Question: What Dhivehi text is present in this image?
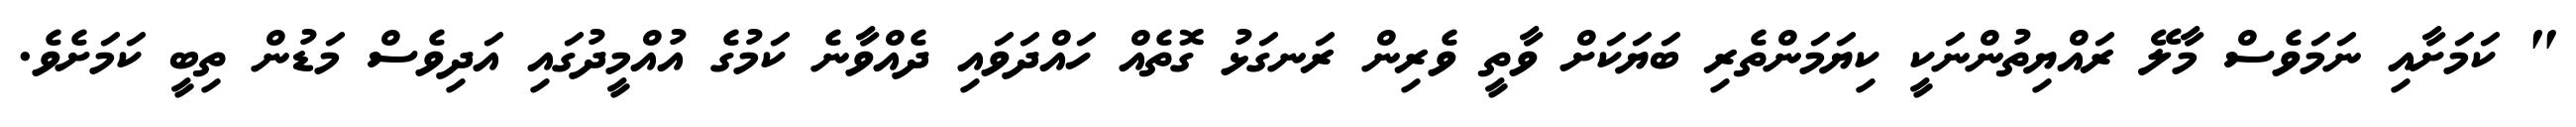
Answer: " ކަމަށާއި ނަމަވެސް މާލޭ ރައްޔިތުންނަކީ ކިޔަމަންތެރި ބަޔަކަށް ވާތީ ވެރިން ރަނގަޅު ގޮތެއް ހައްދަވައި ދެއްވާނެ ކަމުގެ އުއްމީދުގައި އަދިވެސް މަޑުން ތިބީ ކަމަށެވެ.